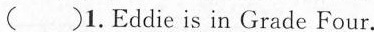
()1.Eddie is in Grade Four.